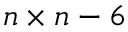
n \times n - 6